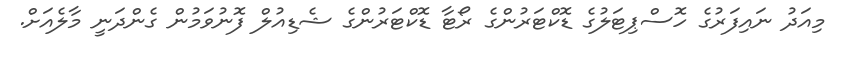
މިއަދު ނައިފަރުގެ ހޮސްޕިޓަލުގެ ޑޮކްޓަރުންގެ ރޯޓާ ޑޮކްޓަރުންގެ ޝެޑިއުލް ފޮނުވަމުން ގެންދަނީ މާލެއަށް.